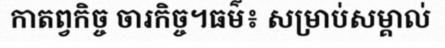
កាតព្វកិច្ច ចារកិច្ច។ធម៌៖ សម្រាប់សម្គាល់